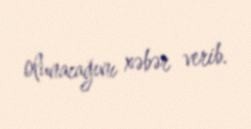
olunacağını xəbər verib.